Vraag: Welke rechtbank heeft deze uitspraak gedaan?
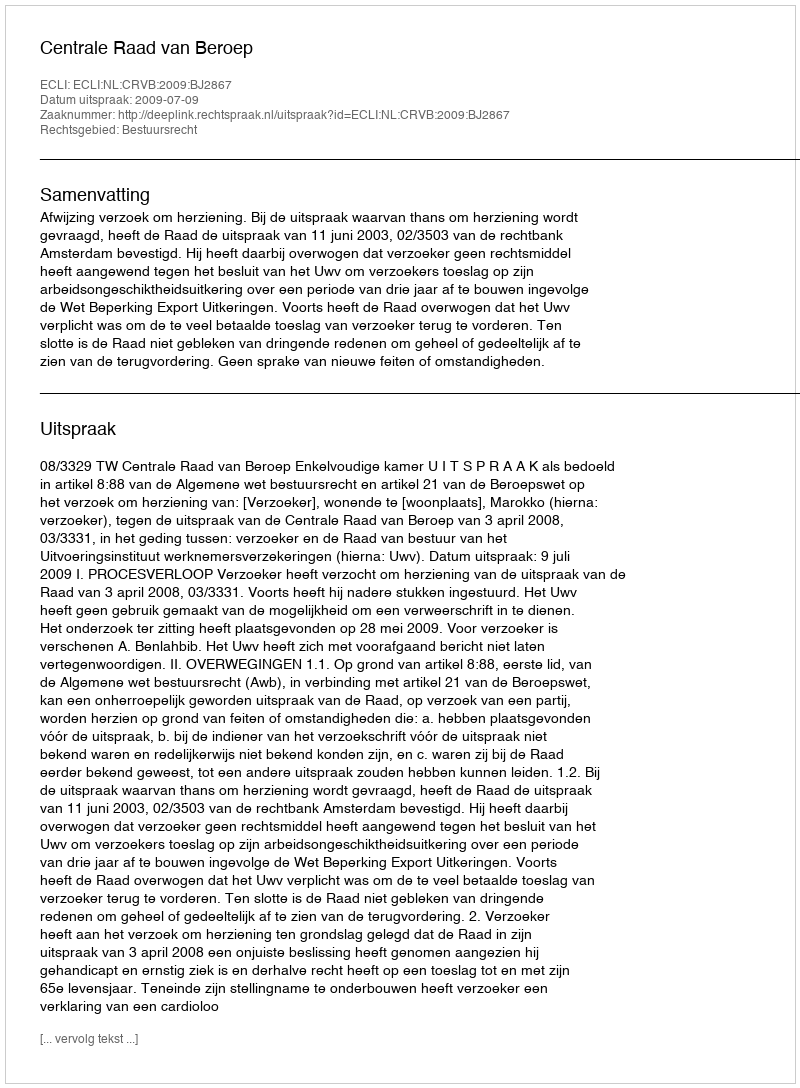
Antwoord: Centrale Raad van Beroep